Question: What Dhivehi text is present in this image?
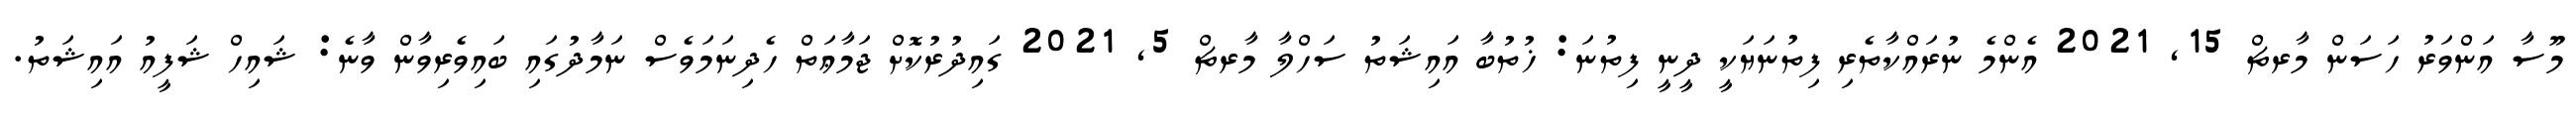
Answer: މޫސާ އަންވަރު ހަސަން މާރޗް 15, 2021 އެންމެ ނުރައްކާތެރި ފިތުނަޔަކީ ދީނީ ފިތުނަ: ޚުތުބާ އައިޝަތު ސަހްލާ މާރޗް 5, 2021 ގައިދުރުކޮށް ޖަމާޢަތް ހެދިނަމަވެސް ނަމާދުގައި ބައިވެރިވާން ވާނެ: ޝައިހް ޝަފީއު އައިޝަތު.